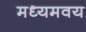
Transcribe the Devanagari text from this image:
मध्यमवय